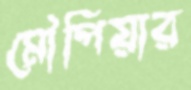
মৌপিয়ার